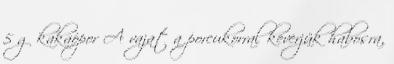
5 g kakaópor A vajat a porcukorral keverjük habosra,